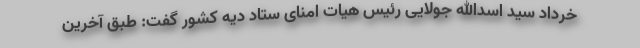
خرداد سید اسدالله جولایی رئیس هیات امنای ستاد دیه کشور گفت: طبق آخرین